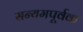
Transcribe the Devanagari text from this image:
सन्यमपूर्वक